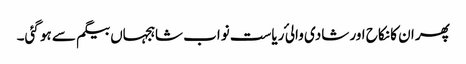
پھر ان کا نکاح اور شادی والی ٔ ریاست نواب شاہجہاں بیگم سے ہو گئی۔